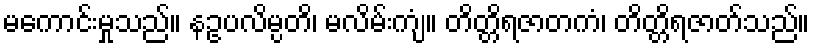
မကောင်းမှုသည်။ နဥပလိမ္ပတိ၊ မလိမ်းကျံ။ တိတ္တိရဇာတကံ၊ တိတ္တိရဇာတ်သည်။